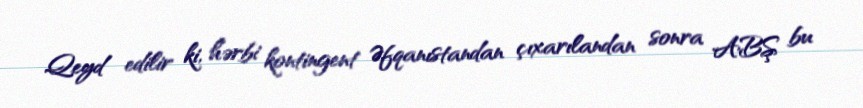
Qeyd edilir ki, hərbi kontingent Əfqanıstandan çıxarılandan sonra ABŞ bu